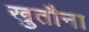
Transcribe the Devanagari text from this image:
खुतौना